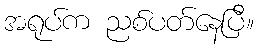
အရုပ်က ညစ်ပတ်နေပြီ။